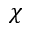
\chi